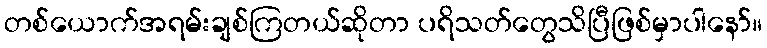
တစ်ယောက်အရမ်းချစ်ကြတယ်ဆိုတာ ပရိသတ်တွေသိပြီဖြစ်မှာပါနော်။